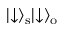
\lvert \downarrow \rangle _ { \mathrm { s } } \lvert \downarrow \rangle _ { \mathrm { o } }